Annual report on the working of the mental hospitals in the Madras Presidency - 1912-1932
Year: 1912
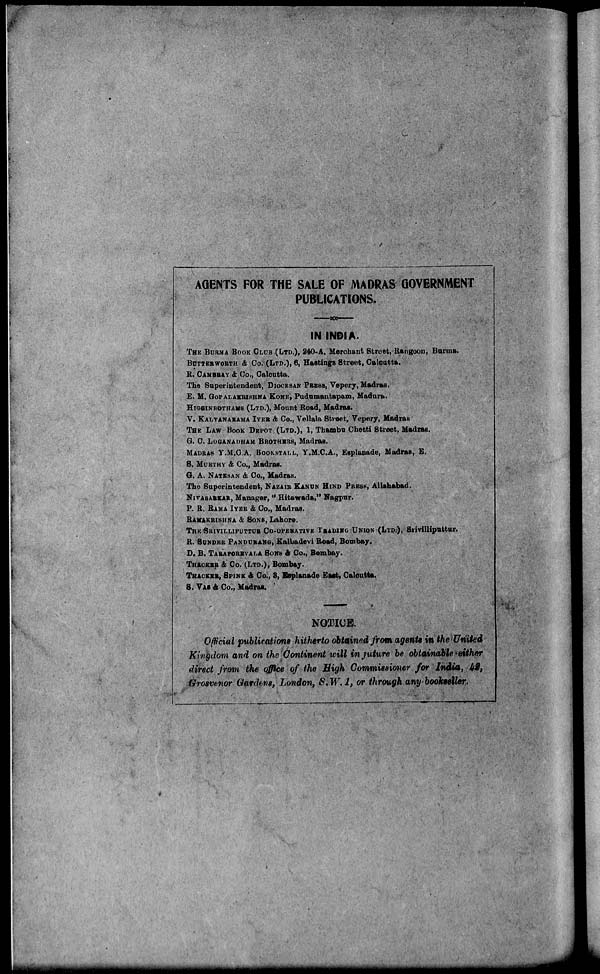
AGENTS FOR THE SALE OF MADRAS GOVERNMENT
PUBLICATIONS.
IN INDIA
THE BURMA BOOK CLUB (LTD.), 240-A, Merchant Street, Rangoon, Burma.
BUTTERWORTH & Co. (LTD.), 6, Hastings Street, Calcutta.
R. CAMBRAY & Co., Calcutta.
The Superintendent, DIOCESAN PRESS, Vepery, Madras.
E. M. GOPALAKRISHNA KONE, Pudumantapam, Madura.
HIGGNBOTHAMS (LTD.), Mount Road, Madras.
V. KALYANARAMA IYER & Co., Vellala Street, Vepery, Madras
THE LAW BOOK DEPOT (LTD.), 1, Thambu Chetti Street, Madras.
G. C. LOGANADHAM BROTHERS, Madras.
MADRAS Y.M.C.A. BOOKSTALL, Y.M.C.A., Esplanade, Madras, E.
S. MURTHY & Co., Madras.
G. A. NATESAN & Co., Madras.
The Superintendent, NAZAIR KANUN HIND PRESS, Allahabad.
NIVASARKAR, Manager, " Hitawada," Nagpur.
P. R. RAMA IYER & Co., Madras.
RAMAKRISHNA & SONS, Lahore.
THE SRIVILLIPUTTUR CO-OPERATIVE TRADING UNION (LTD.), Srivilliputtur.
R. SUNDER PANDURANG, Kalbadevi Road, Bombay.
D. B. TARAPOREVALA SONS & Co., Bombay.
THACKER & Co. (LTD.), Bombay.
THACKER, SPINK & Co., 3, Esplanade East, Calcutta.
S. VAS & Co., Madras.
NOTICE.
Official publications hitherto obtained from agents in the United
Kingdom and on the Continent will in juture be obtainable either
direct from the office of the High Commissioner for India, 42,
Grosvenor Gardens, London, S. W. 1, or through any bookseller.